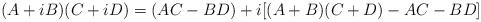
LaTeX: \begin{align*}(A + iB)(C+ iD) = (AC - BD) + i[(A+B)(C+D) -AC -BD]\end{align*}